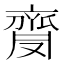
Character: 𪗅